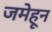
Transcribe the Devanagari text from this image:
जमेहून